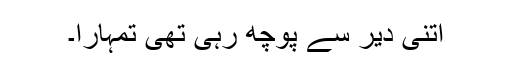
اتنی دیر سے پوچھ رہی تھی تمہارا۔